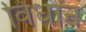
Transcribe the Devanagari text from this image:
विधान